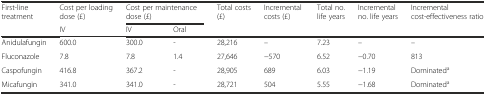
| <ROWSPAN=2> First-line treatment | Cost per loading dose (£) | <COLSPAN=2> Cost per maintenance dose (£) | <ROWSPAN=2> Total costs (£) | <ROWSPAN=2> Incremental costs (£) | <ROWSPAN=2> Total no. life years | <ROWSPAN=2> Incremental no. life years | <ROWSPAN=2> Incremental cost-effectiveness ratio |
 | IV | IV | Oral |
 | --- | --- | --- | --- | --- | --- | --- | --- | --- |
 | Anidulafungin | 600.0 | 300.0 | - | 28,216 | – | 7.23 | – | – |
 | Fluconazole | 7.8 | 7.8 | 1.4 | 27,646 | −570 | 6.52 | −0.70 | 813 |
 | Caspofungin | 416.8 | 367.2 | - | 28,905 | 689 | 6.03 | −1.19 | Dominateda |
 | Micafungin | 341.0 | 341.0 | - | 28,721 | 504 | 5.55 | −1.68 | Dominateda |